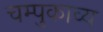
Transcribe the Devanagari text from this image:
चम्पुकाव्य